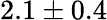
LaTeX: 2.1\pm 0.4